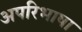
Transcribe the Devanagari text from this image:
अपरिभाषा